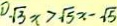
\sqrt { 3 } x > \sqrt { 5 } x - \sqrt { 5 }